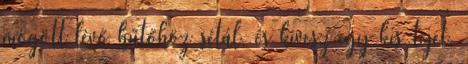
mögött lévő hűtőhöz sétál, és kivesz egy kis tejet.